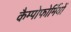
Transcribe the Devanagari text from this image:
कैम्पोफोर्मियों